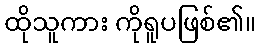
ထိုသူကား ကိုရူပဖြစ်၏။